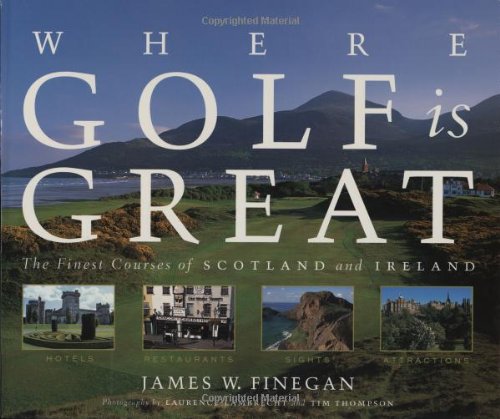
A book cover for Where Golf Is Great: The Finest Courses of Scotland and Ireland; James W. Finegan; Travel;